Treatise on elephants
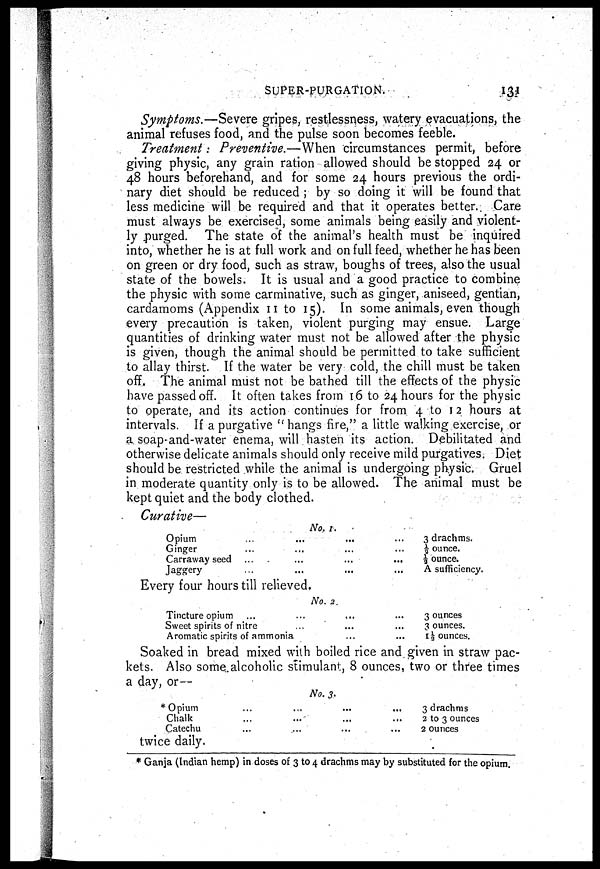
SUPER-PURGATION
131
Symptoms.—Severe gripes, restlessness, watery evacuations, the
animal refuses food, and the pulse soon becomes feeble.
Treatment: Preventive.—When circumstances permit, before
giving physic, any grain ration allowed should be stopped 24 or
48 hours beforehand, and for some 24 hours previous the ordi-
nary diet should be reduced ; by so doing it will be found that
less medicine will be required and that it operates better. Care
must always be exercised, some animals being easily and violent-
ly purged. The state of the animal's health must be inquired
into, whether he is at full work and on full feed, whether he has been
on green or dry food, such as straw, boughs of trees, also the usual
state of the bowels. It is usual and a good practice to combine
the physic with some carminative, such as ginger, aniseed, gentian,
cardamoms (Appendix 11 to 15). In some animals, even though
every precaution is taken, violent purging may ensue. Large
quantities of drinking water must not be allowed after the physic
is given, though the animal should be permitted to take sufficient
to allay thirst. If the water be very cold, the chill must be taken
off. The animal must not be bathed till the effects of the physic
have passed off. It often takes from 16 to 24 hours for the physic
to operate, and its action continues for from 4 to 12 hours at
intervals. If a purgative "hangs fire," a little walking exercise, or
a soap and-water enema, will hasten its action. Debilitated and
otherwise delicate animals should only receive mild purgatives. Diet
should be restricted while the animal is undergoing physic. Gruel
in moderate quantity only is to be allowed. The animal must be
kept quiet and the body clothed.
Curative—
No. 1.
Opium ... ... ... ...
Ginger ... ... ... ...
Carraway seed ... ... ... ...
Jaggery ... ... ... ...
Every four hours till relieved.
No. 2.
Tincture opium ... ... ... ...
Sweet spirits of nitre ... ... ... ...
Aromatic spirits of ammonia ... ...
3 drachms.
½ ounce.
½ ounce.
A sufficiency.
3 ounces
3 ounces.
1½ ounces.
Soaked in bread mixed with boiled rice and given in straw pac-
kets. Also some alcoholic stimulant, 8 ounces, two or three times
a day, or—
No. 3.
* Opium
...
...
...
...
Chal
...
...
...
...
Catech
...
...
...
...
twice daily.
3 drachms
2 to 3 ounces
2 ounces
* Ganja (Indian hemp) in doses of 3 to 4 drachms may by substituted for the opium.